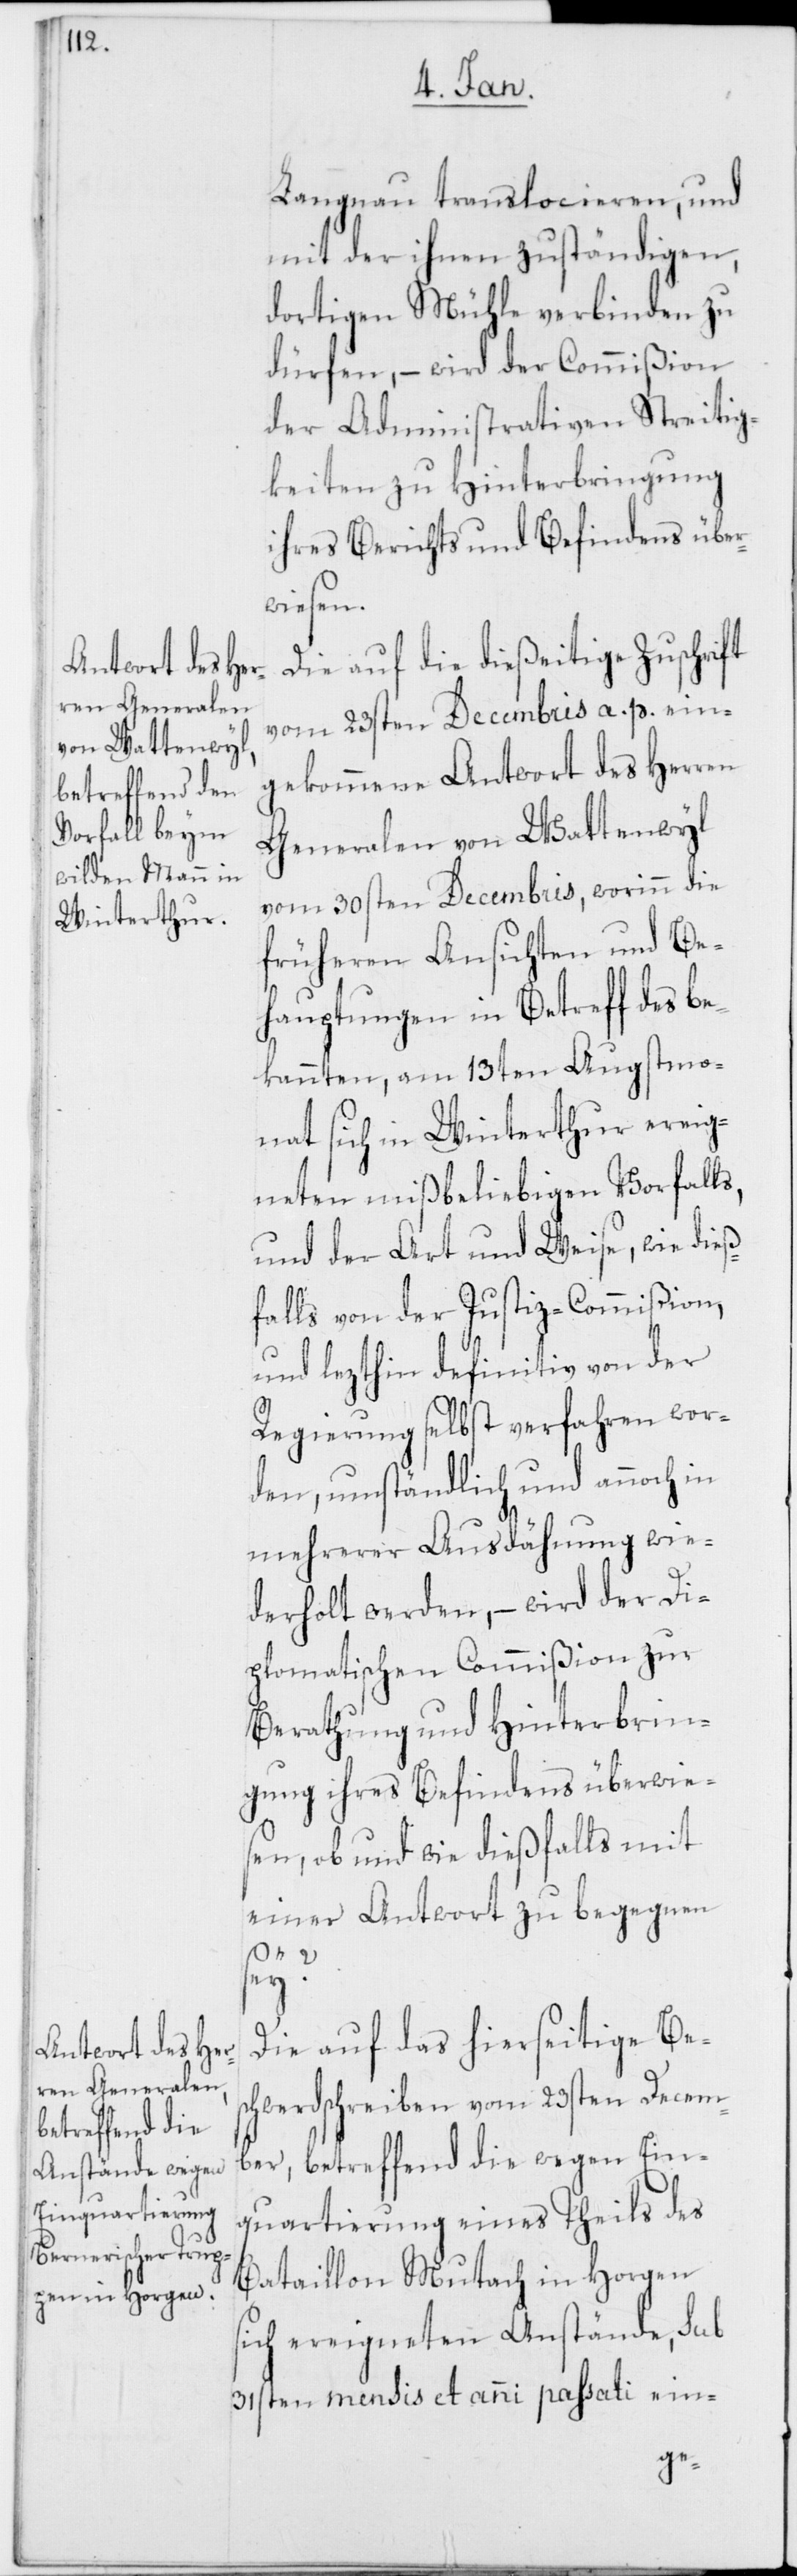
Langnau translocieren, und
mit der ihnen zuständigen,
dortigen Mühle verbinden zu
dürfen, – wird der Commißion
der Administrativen Streitig¬
keiten zu Hinterbringung
ihres Berichts und Befindens über¬
wiesen.
Die auf die dießeitige Zuschrift
vom 23sten Decembris a. p. ein¬
gekommene Antwort des Herren
Generalen von Wattenwyl
vom 30sten Decembris, worinn die
früheren Ansichten und Be¬
hauptungen in Betreff des be¬
kannten, am 13ten Augstmo¬
nat sich in Winterthur ereig¬
neten mißbeliebigen Vorfall¬
und der Art und Weise, wie dieß¬
falls von der Justiz-Commißion,
und lezthin definitiv von der
Regierung selbst verfahren wor¬
den, umständlich und annoch in
mehrerer Ausdähnung wie¬
derholt werden, – wird der Di¬
plomatischen Commißion zur
Berathung und Hinterbrin¬
gung ihres Befindens überwie¬
sen, ob und wie dießfalls mit
einer Antwort zu begegnen
sey?
Die auf das hierseitige Bes¬
chwerdschreiben vom 23ten Decem¬
ber, betreffend die wegen Ein¬
quartierung eines Theils des
Bataillon Mutach in Horgen
sich ereigneten Anstände, sub
31sten mensis et anni passati ein-